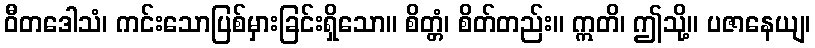
ဝီတဒေါသံ၊ ကင်းသောပြစ်မှားခြင်းရှိသော။ စိတ္တံ၊ စိတ်တည်း။ ဣတိ၊ ဤသို့။ ပဇာနေယျ၊